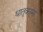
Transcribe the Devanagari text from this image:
धातूकामा